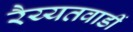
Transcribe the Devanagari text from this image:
रैय्यतवाडीं